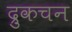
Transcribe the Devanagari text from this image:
द्रुकचन